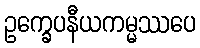
ဥက္ခေပနီယကမ္မဿပေ